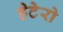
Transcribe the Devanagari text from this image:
हेटेरो